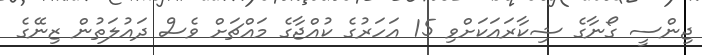
ޖިންސީ ގޯނާގެ ޝިކާރައަކަށްވި 15 އަހަރުގެ ކުއްޖާގެ މައްޗަށް ވެސް ދައުލަތުން ޒިނޭގެ